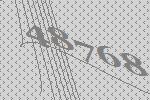
48768